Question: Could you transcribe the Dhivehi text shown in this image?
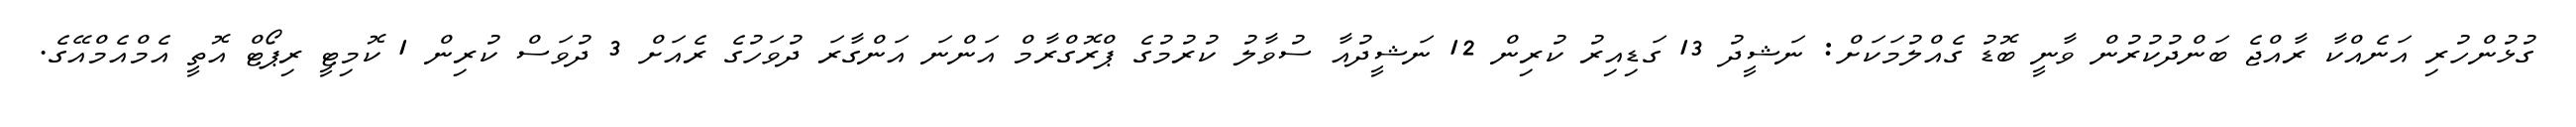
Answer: ގުޅުންހުރި އަނެއްކާ ރާއްޖެ ބަންދުކުރުން ވާނީ ބޮޑު ގެއްލުމަކަށް: ނަޝީދު 13 ގަޑިއިރު ކުރިން 12 ނަޝީދުއާ ސުވާލު ކުރުމުގެ ޕްރޮގްރާމް އަންނަ އަންގާރަ ދުވަހުގެ ރެއަށް 3 ދުވަސް ކުރިން 1 ކޮމިޓީ ރިޕޯޓް އޮތީ އެމްއެމްއޭގެ.